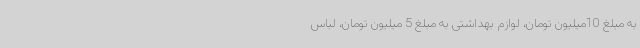
به مبلغ 10میلیون تومان، لوازم بهداشتی به مبلغ 5 میلیون تومان، لباس